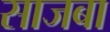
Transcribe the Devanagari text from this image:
साजबा